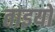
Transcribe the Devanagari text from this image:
ताइयो